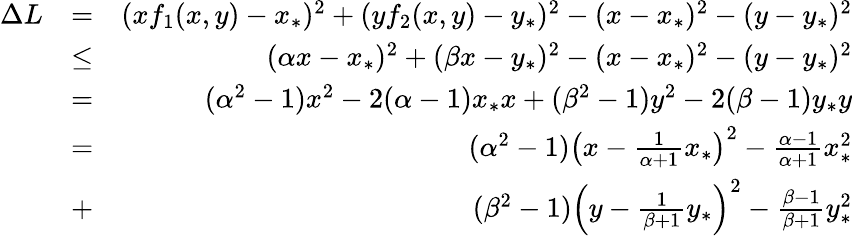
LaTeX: \begin{array}{rlr}{\Delta L}&{=}&{(xf_{1}(x,y)-x_{*})^{2}+(yf_{2}(x,y)-y_{*})^{2}-(x-x_{*})^{2}-(y-y_{*})^{2}}\\ &{\leq}&{(\alpha x-x_{*})^{2}+(\beta x-y_{*})^{2}-(x-x_{*})^{2}-(y-y_{*})^{2}}\\ &{=}&{(\alpha^{2}-1)x^{2}-2(\alpha-1)x_{*}x+(\beta^{2}-1)y^{2}-2(\beta-1)y_{*}y}\\ &{=}&{(\alpha^{2}-1)\left(x-\frac{1}{\alpha+1}x_{*}\right)^{2}-\frac{\alpha-1}{\alpha+1}x_{*}^{2}}\\ &{+}&{(\beta^{2}-1)\left(y-\frac{1}{\beta+1}y_{*}\right)^{2}-\frac{\beta-1}{\beta+1}y_{*}^{2}}\end{array}